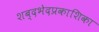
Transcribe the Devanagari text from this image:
शब्दभेदप्रकाशिका